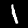
Digit: 1